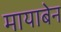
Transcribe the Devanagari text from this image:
मायाबेन